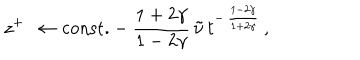
z ^ { + } \: \rightarrow \: \mathrm { c o n s t . } - \frac { 1 + 2 \gamma } { 1 - 2 \gamma } \, \tilde { \nu } \, t ^ { - \, \frac { 1 - 2 \gamma } { 1 + 2 \gamma } } \, ,